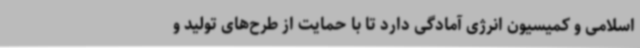
اسلامی و کمیسیون انرژی آمادگی دارد تا با حمایت از طرح‌های تولید و